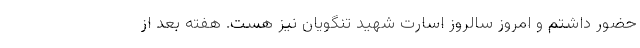
حضور داشتم و امروز سالروز اسارت شهید تنگویان نیز هست. هفته بعد از